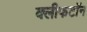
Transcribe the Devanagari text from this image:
क्लीफटॉन